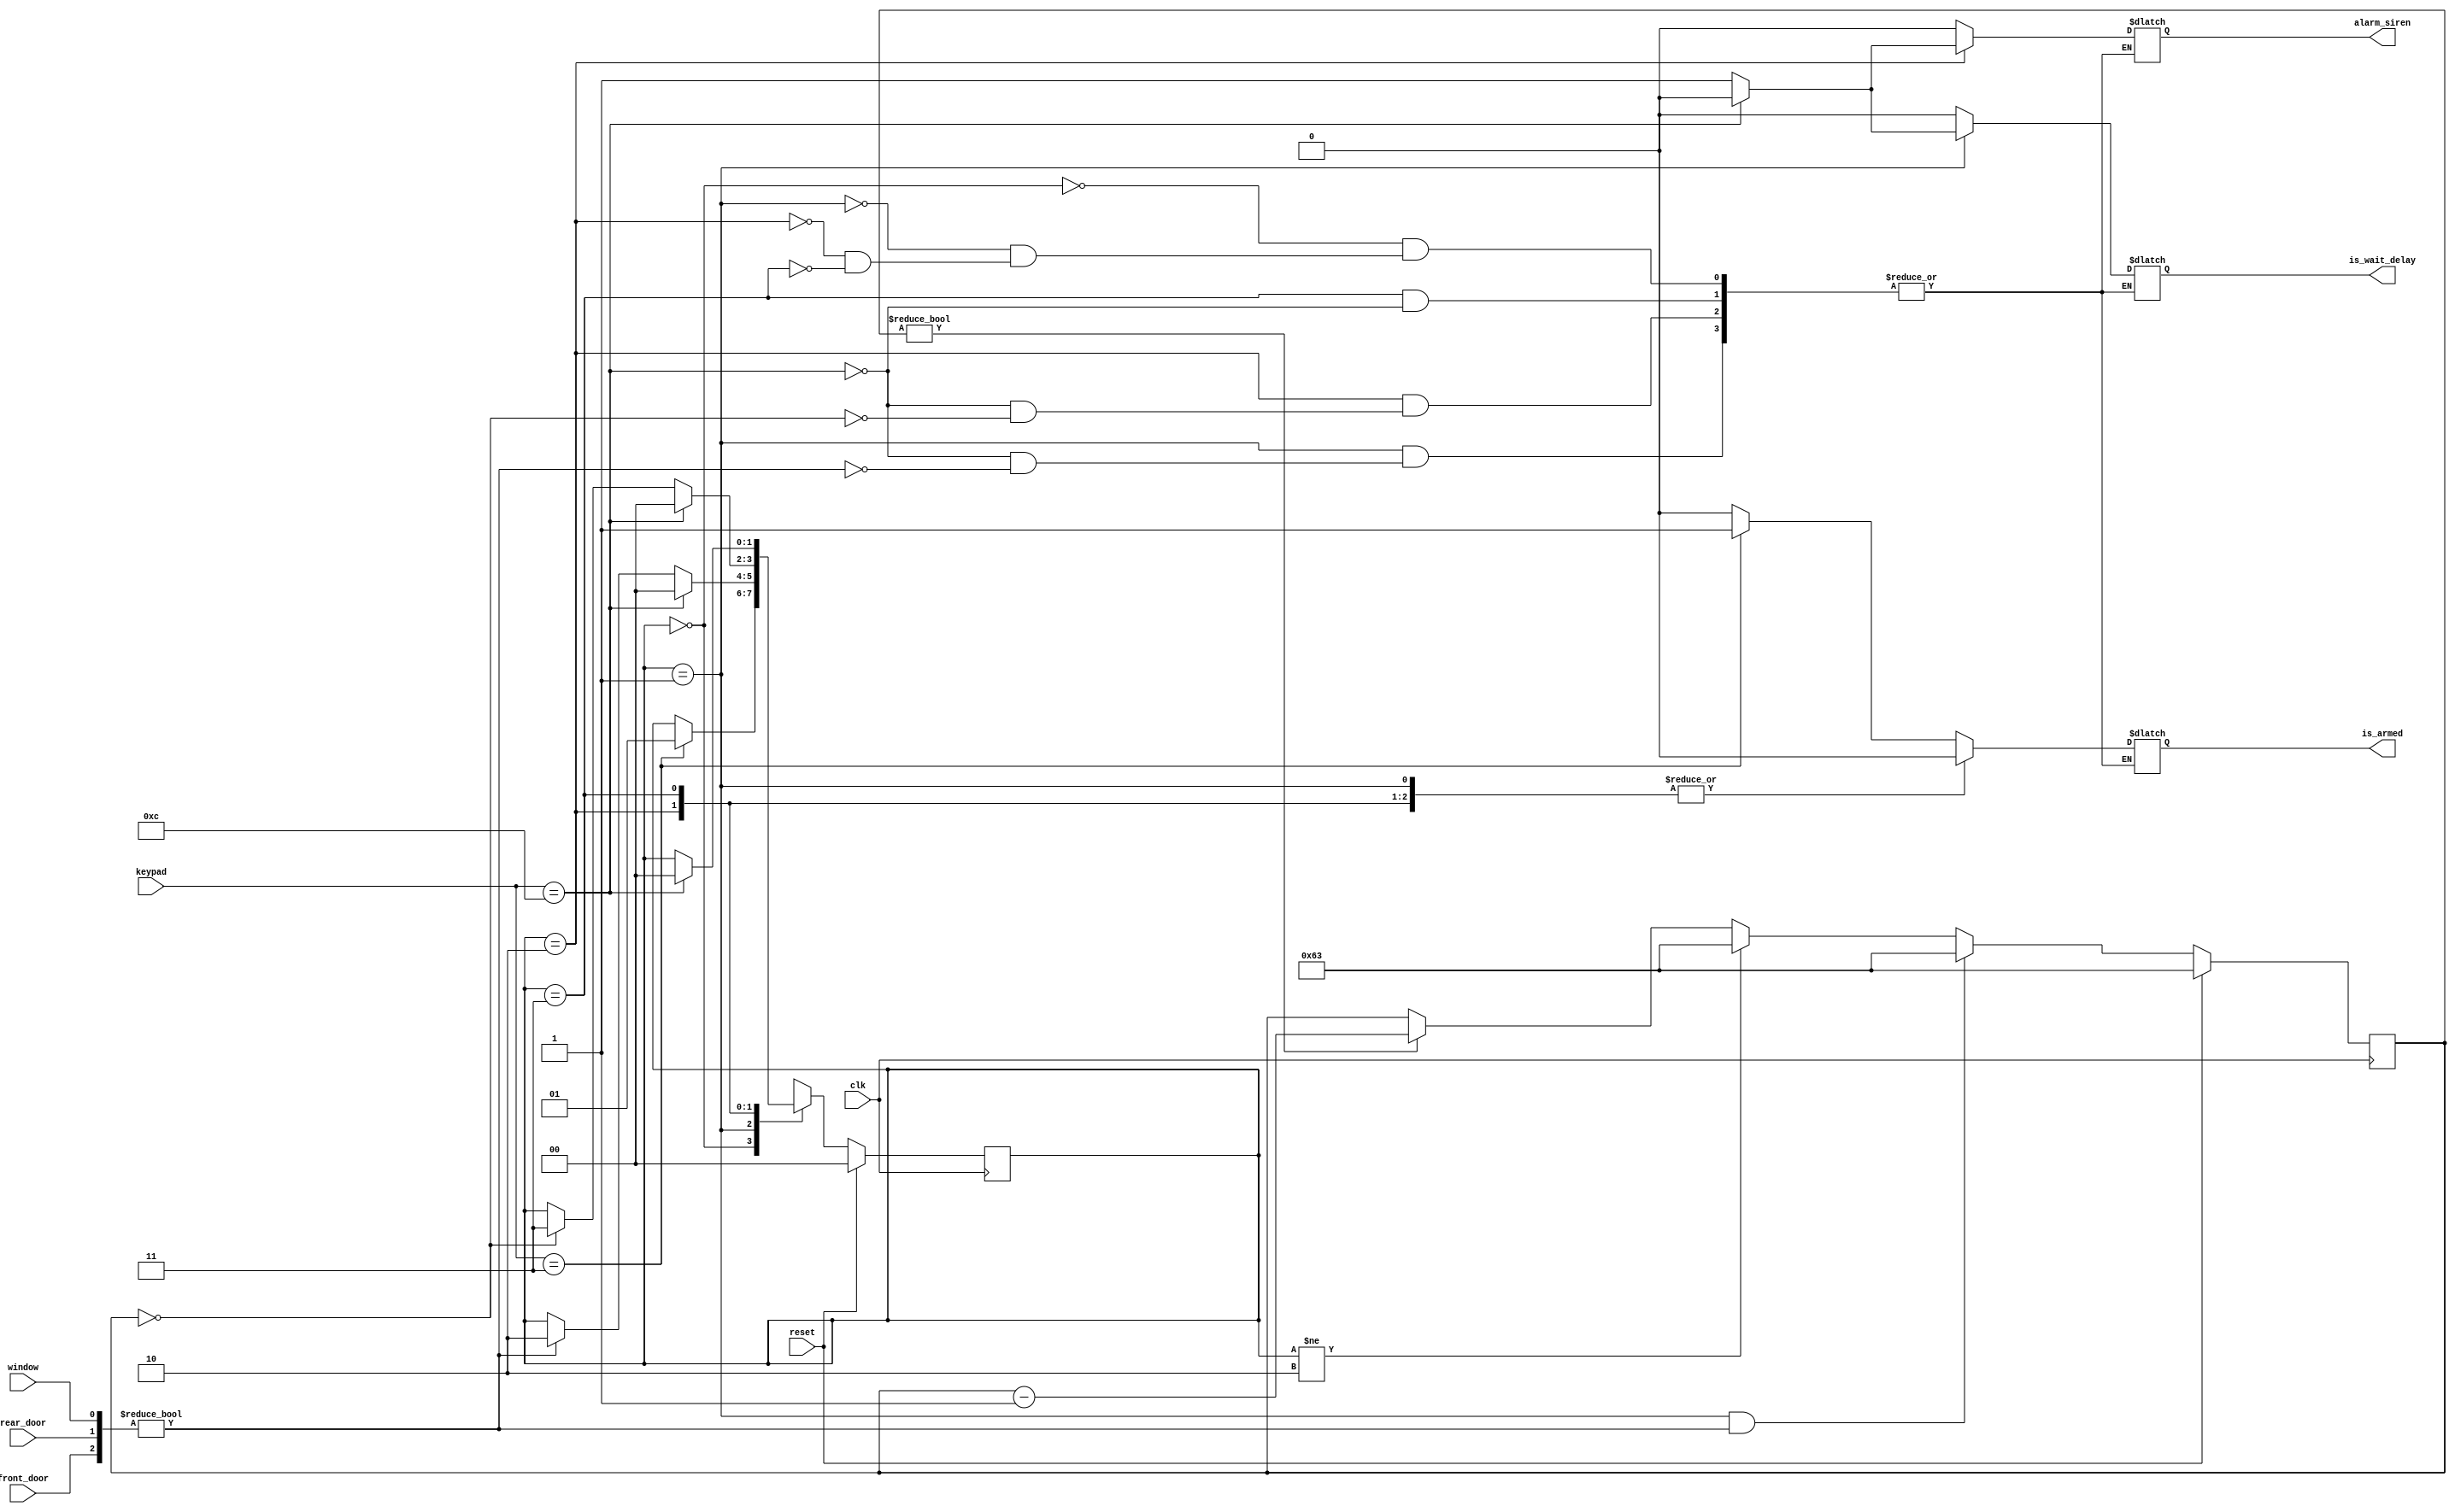
`timescale 1ns / 1ps
module alarm(
            input clk,
            input reset,
            input [3:0] keypad,
            input front_door,
            input rear_door,
            input window,
            output reg alarm_siren,
            output reg is_armed,
            output reg is_wait_delay
            );
// set the delay value (the number of clocks between a faulted zone and the
// alarm going off)
    parameter delay_val = 100;
    localparam [1:0] disarmed   = 2'b00,
                     armed      = 2'b01,
                     wait_delay = 2'b10,
                     alarm      = 2'b11; //state
    reg [1:0] curr_state, next_state;
    wire start_count;
    wire count_done;
    wire [2:0] sensors ; // front door, rear door & window sensors are combined
    reg [15:0] delay_cntr ;
    assign sensors = { front_door, rear_door, window };

// implement the state flip-flops
    always @ (posedge clk)
        if(reset)
            curr_state <= disarmed;
        else
            curr_state <= next_state;
            
            
    always @ (curr_state, sensors, keypad, count_done)
        begin
            case(curr_state)
                disarmed: 
                    begin
                        if(keypad == 4'b0011) begin
                            next_state <= armed;
                            is_armed <= 1'b1;
                            is_wait_delay <= 1'b0;
                            alarm_siren <= 1'b0;
                        end
                        else begin
                            next_state <= curr_state;
                            is_armed <= 1'b0;
                            is_wait_delay <= 1'b0;
                            alarm_siren <= 1'b0;
                        end
                    end
                    
                armed:
                    begin
                        if(keypad == 4'b1100) begin
                            next_state <= disarmed;
                            is_armed <= 1'b0;
                            is_wait_delay <= 1'b0;
                            alarm_siren <= 1'b0;
                        end
                        else if(sensors != 3'b000) begin
                            next_state <= wait_delay;
                            is_armed <= 1'b0;
                            is_wait_delay <= 1'b1;
                            alarm_siren <= 1'b0;
                        end
                        else begin
                            next_state <= curr_state;
                        end
                    end
                
                wait_delay:
                    begin
                        if(keypad == 4'b1100) begin
                            next_state <= disarmed;
                            is_armed <= 1'b0;
                            is_wait_delay <= 1'b0;
                            alarm_siren <= 1'b0;
                        end
                        else if(count_done == 1'b1) begin
                            next_state <= alarm;
                            is_armed <= 1'b0;
                            is_wait_delay <= 1'b0;
                            alarm_siren <= 1'b1;
                        end
                        else begin
                            next_state <= curr_state;
                        end
                    end
                    
                alarm:
                    begin
                        if(keypad == 4'b1100) begin
                            next_state <= disarmed;
                            is_armed <= 1'b0;
                            is_wait_delay <= 1'b0;
                            alarm_siren <= 1'b0;
                        end
                        else begin
                            next_state <= curr_state;
                        end
                    end                                        
            endcase             
        end
        
        assign start_count = ((curr_state == armed) && (sensors != 3'b000));
        
        always @ (posedge clk) begin
            if(reset)
                delay_cntr <= delay_val - 1'b1;
            else if(start_count)
                delay_cntr <= delay_val - 1'b1;
            else if(curr_state != wait_delay)
                delay_cntr <= delay_val - 1'b1;
            else if(delay_cntr != 0)
                delay_cntr <= delay_cntr - 1'b1;            
        end
        
        assign count_done = (delay_cntr == 0);
        
endmodule